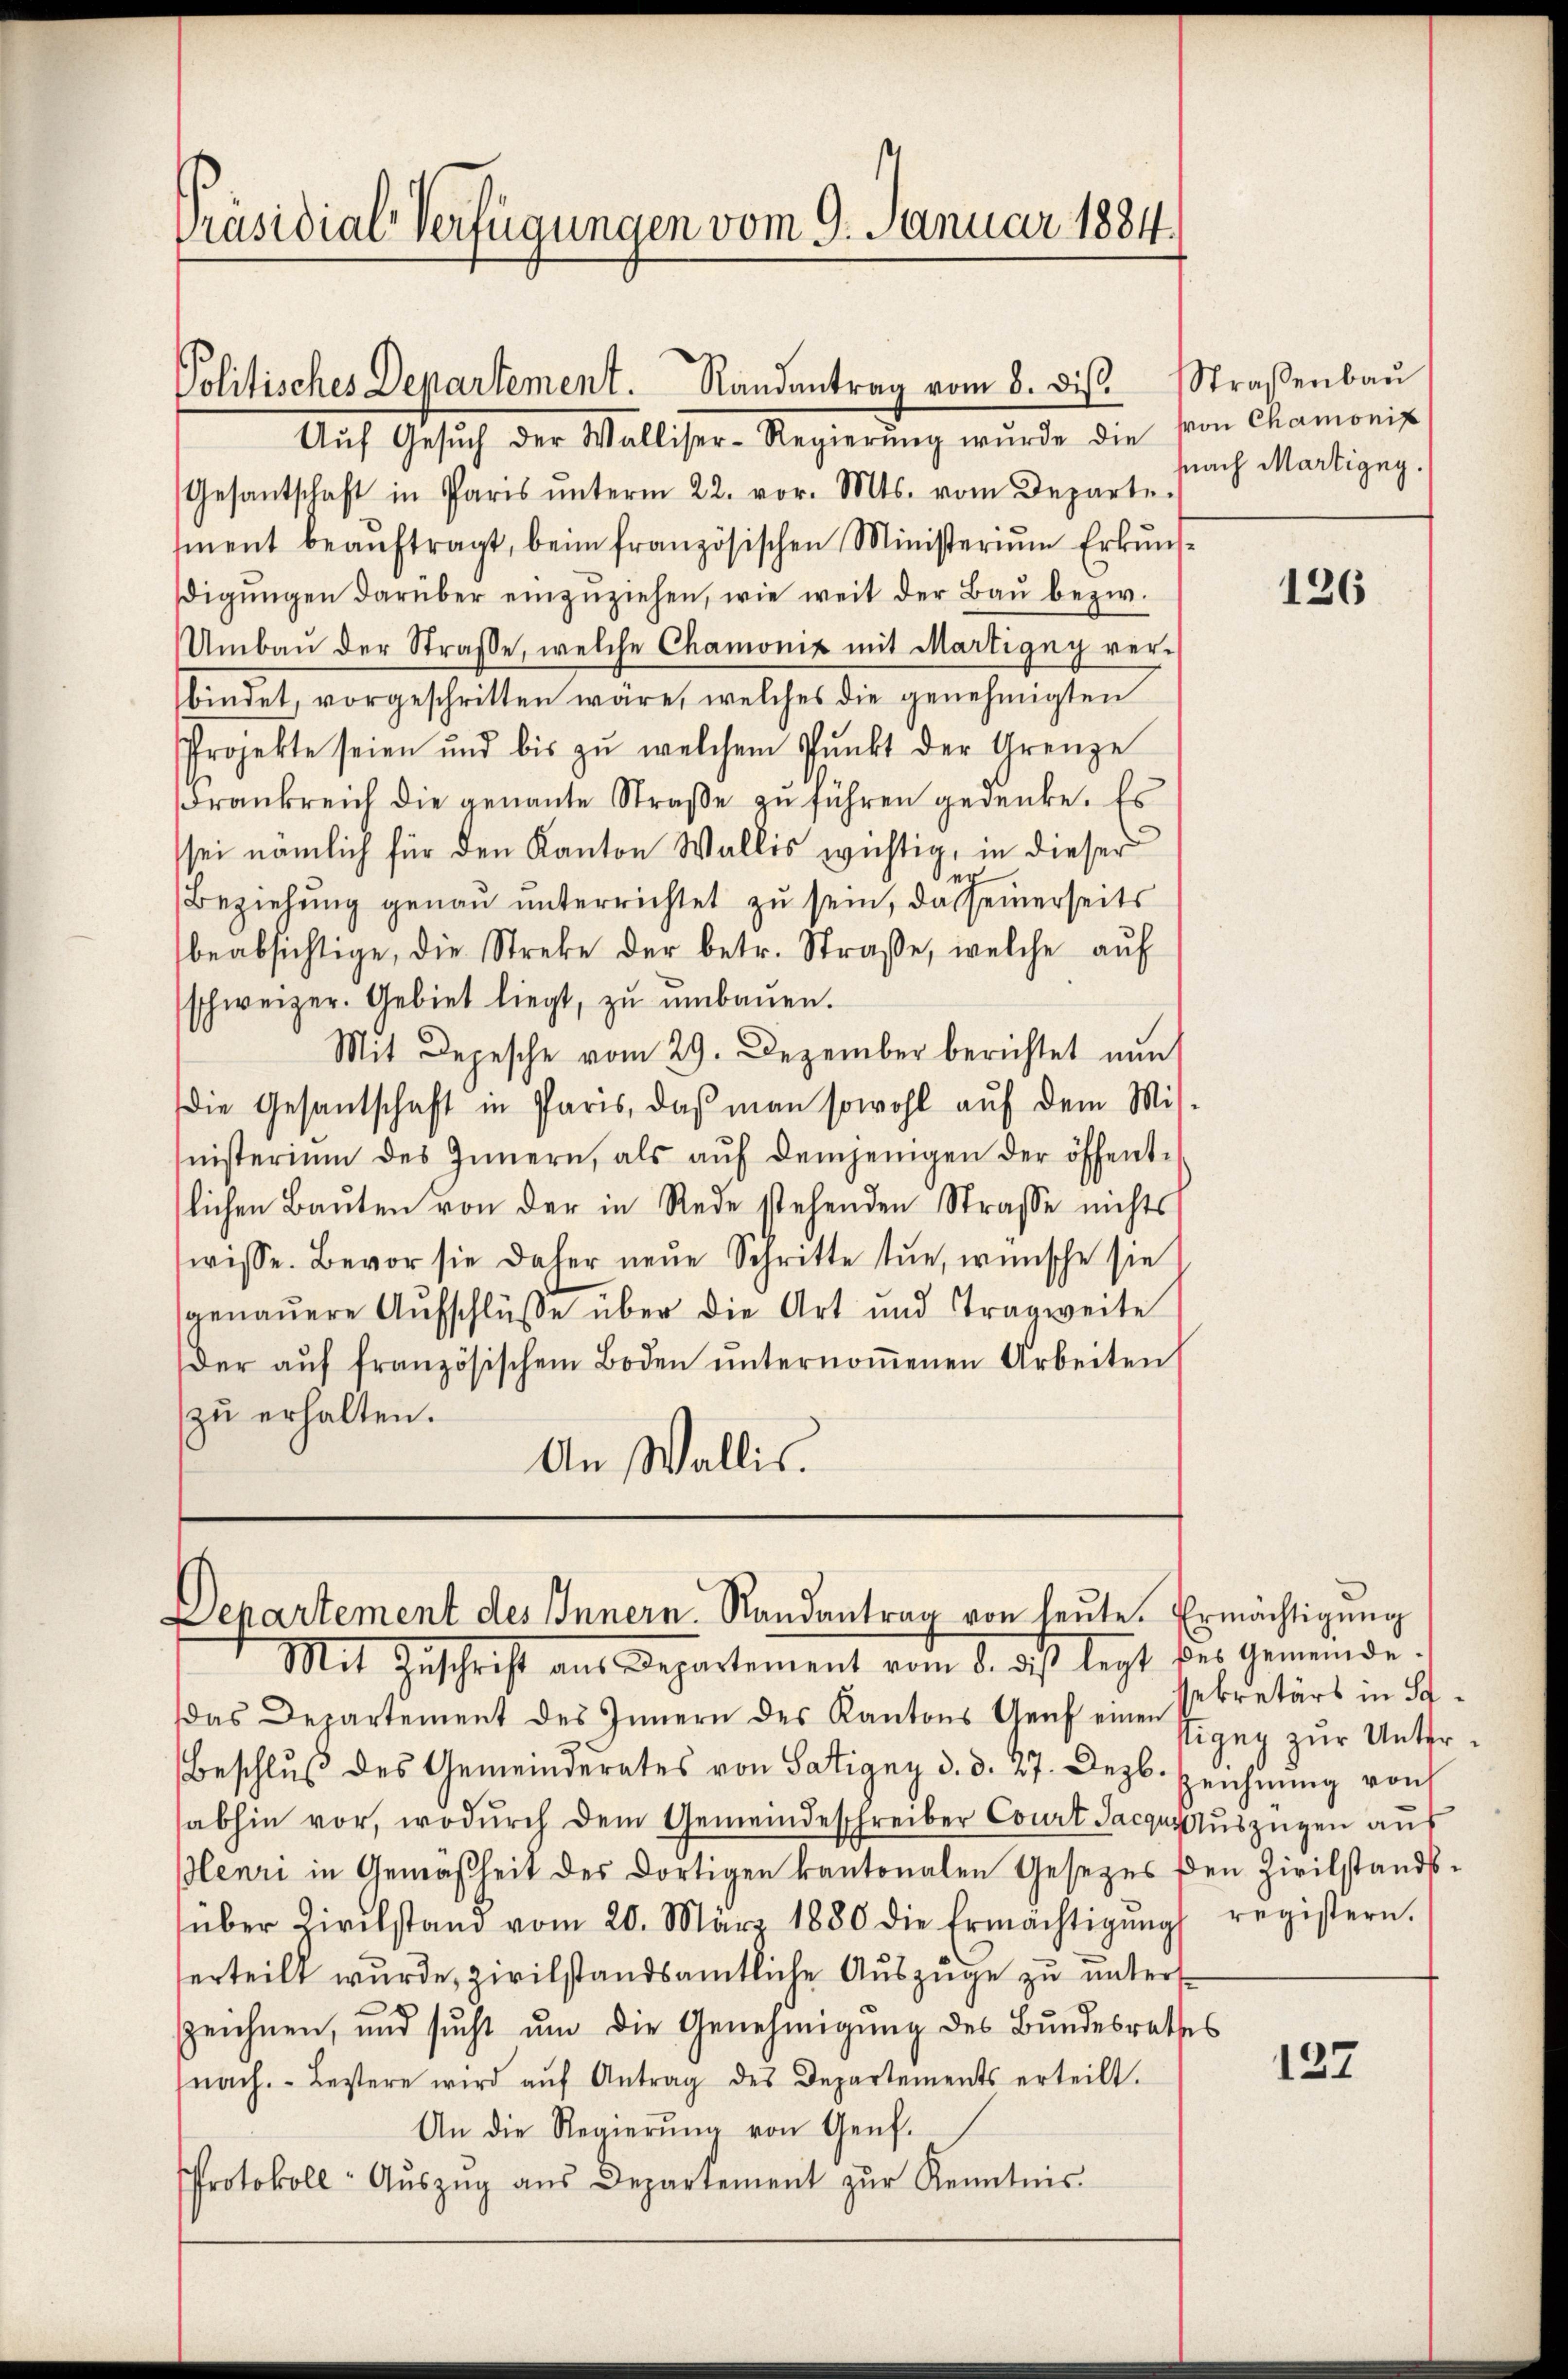
Präsidial-Verfügungen vom 9. Januar 1884.

Politisches Departement. Randantrag vom 8. dis.

Aŭf Gesŭch der Walliser-Regierŭng wurde die
Gesantschaft in Paris ŭnterm 22. vor. Mts. vom Departe.
sment beaŭftragt, beim französischen Ministerium Erkundigŭngen darüber einzuziehen, wie weit der Bau bezw.
Umbaŭ der Straße, welche Chamonix mit Martigny ver-
bindet, vorgeschritten wäre, welches die genehmigten
rojekte seien und bis zŭ welchem Pŭnkt der Grenze
drankreich die genannte Straβe zŭ führen gedenke. Es
sei nämlich für den Kanton Wallis wichtig, in dieser
e
Beziehung genau unterrichtet zu sein, das seinerseits
beabsichtige, die Streke der betr. Straβe, welche aŭf
schweizer. Gebiet liegt, zu umbauen.
Mit Depesche vom 29. Dezember berichtet nŭn
Die Gesandschaft in Paris, daß man sowohl auf dem Mit
nisterium des Innern, als aŭf demjenigen der öffent-
lichen Baŭten von der in Rede stehenden Strasse nichts
wisse. Bevor sie daher neŭe Schritte tue, wünsche sie
genauere Aŭfschlüsse über die Art und Tragweite
Der aŭf französischem Boden ŭnternoṁenen Arbeiten
zu erhalten.
An Wallis.

Departement des Innern. Randantrag von heute. Ermächtigung
Mit Zuschrift aus Departement vom 3. des legt des Gemeinde.

Straßenbau
von Chamonis
snach Martigny.

das Departement des Innern des Kantons Genf einen Bezŭg zŭr Unter-
Beschlŭβ des Gemeinderates von Satigny d. d. 27. Dezb. Zeichnŭng von
sabhin vor, wodŭrch dem Gemeindeschreiber Court Jacqusauszügen aus
Henri in Gemäßheit des dortigen kantonalen Gesezes den Zivilstandsüber Zivilstand vom 20. März 1880 die Ermächtigŭng registern.
erteilt wurde, zivilstandsamtliche Auszüge zu unters
zeichnen, und sucht um die Genehmigung des Bundesrathes
nach. Bestere wird aŭf Antrag des Departements erteilt.
An die Regierŭng von Genf.
Protokoll- Aŭszŭg aŭs Departement zŭr Kenntnis.

126

sekretärs in S

127